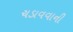
ચડાવવાની